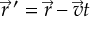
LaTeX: { \vec { r } } \, ^ { \prime } = { \vec { r } } - { \vec { v } } t